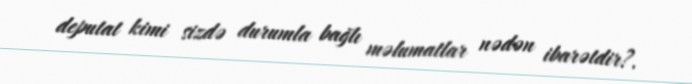
deputat kimi sizdə durumla bağlı məlumatlar nədən ibarətdir?.